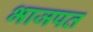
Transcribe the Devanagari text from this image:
भाजपत